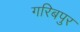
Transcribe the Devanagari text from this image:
गरिबपुर